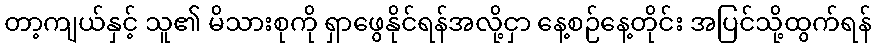
တာ့ကျယ်နှင့် သူ၏ မိသားစုကို ရှာဖွေနိုင်ရန်အလို့ငှာ နေ့စဉ်နေ့တိုင်း အပြင်သို့ထွက်ရန်